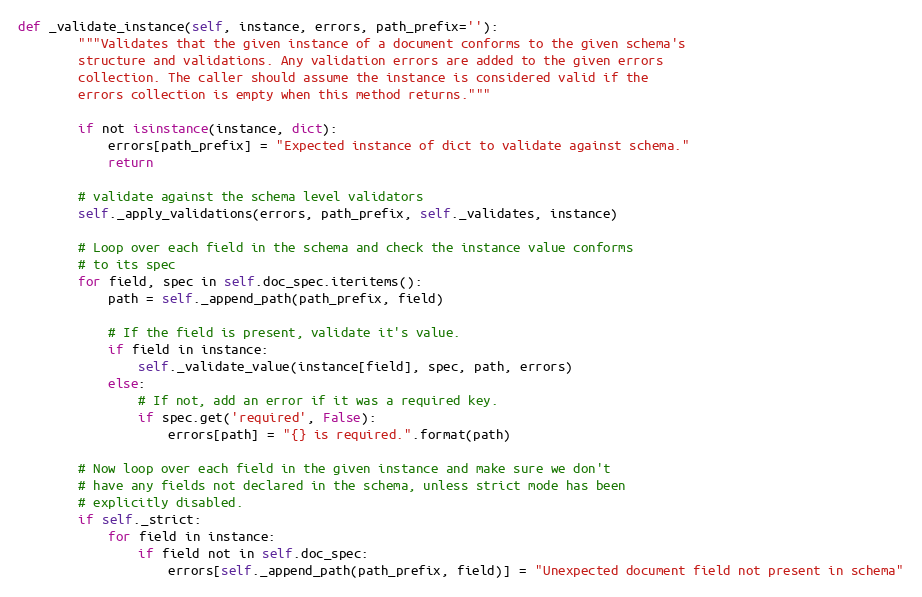
Language: Python
def _validate_instance(self, instance, errors, path_prefix=''):
        """Validates that the given instance of a document conforms to the given schema's
        structure and validations. Any validation errors are added to the given errors
        collection. The caller should assume the instance is considered valid if the
        errors collection is empty when this method returns."""

        if not isinstance(instance, dict):
            errors[path_prefix] = "Expected instance of dict to validate against schema."
            return

        # validate against the schema level validators
        self._apply_validations(errors, path_prefix, self._validates, instance)

        # Loop over each field in the schema and check the instance value conforms
        # to its spec
        for field, spec in self.doc_spec.iteritems():
            path = self._append_path(path_prefix, field)

            # If the field is present, validate it's value.
            if field in instance:
                self._validate_value(instance[field], spec, path, errors)
            else:
                # If not, add an error if it was a required key.
                if spec.get('required', False):
                    errors[path] = "{} is required.".format(path)

        # Now loop over each field in the given instance and make sure we don't
        # have any fields not declared in the schema, unless strict mode has been
        # explicitly disabled.
        if self._strict:
            for field in instance:
                if field not in self.doc_spec:
                    errors[self._append_path(path_prefix, field)] = "Unexpected document field not present in schema"